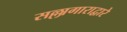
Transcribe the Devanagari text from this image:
सल्लागाराद्वारे